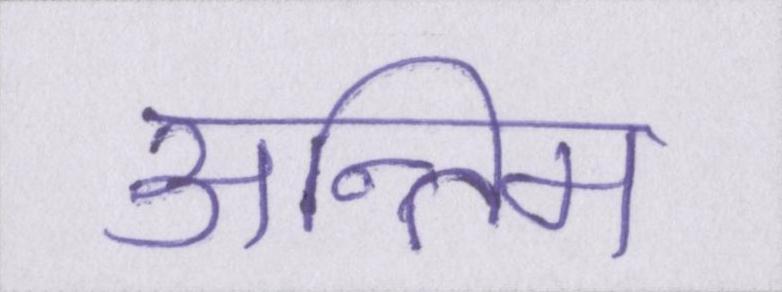
अन्तिम